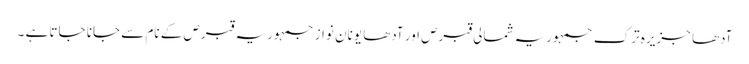
آدھا جزیرہ ترک جمہوریہ شمالی قبرص اور آدھا یونان نواز جمہوریہ قبرص کے نام سے جانا جاتا ہے ۔